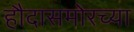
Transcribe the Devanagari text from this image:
हौदासमोरच्या